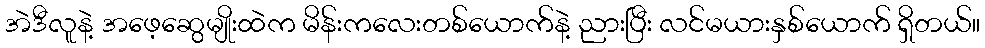
အဲဒီလူနဲ့ အဖေ့ဆွေမျိုးထဲက မိန်းကလေးတစ်ယောက်နဲ့ ညားပြီး လင်မယားနှစ်ယောက် ရှိတယ်။